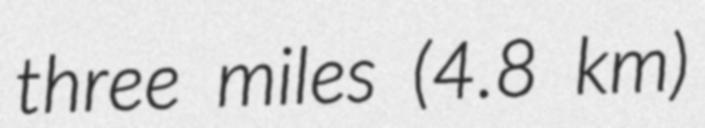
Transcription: three miles (4.8 km)